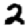
Digit: 2